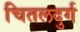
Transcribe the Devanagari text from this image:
चितलदुर्ग